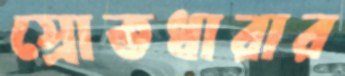
স্রোতধারার